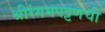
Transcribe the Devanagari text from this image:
श्रीरंगमपट्टणची